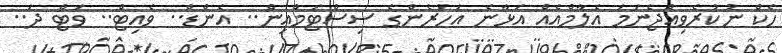
ހެކް ނުކުރެވިއްޖެނަމަ އެލާމްއެއް އަޅާނެ އަހަރެންގެ ސިސްޓަމްއިން.. އެންޑް.. ވެއިޓް.. ވަޓް ދަ..